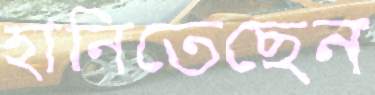
হানিতেছেন